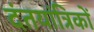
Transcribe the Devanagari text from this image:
दंतयांत्रिकों